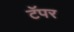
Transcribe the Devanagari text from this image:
टॅपर